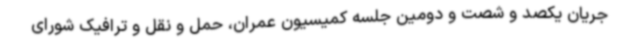
جریان یکصد و شصت و دومین جلسه کمیسیون عمران، حمل و نقل و ترافیک شورای